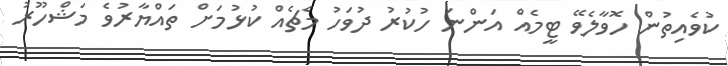
ކުވެއިތުން ހޮވާލެވޭ ޓީމެއް އަންނަ ހުކުރު ދުވަހު މެޗެއް ކުޅުމަށް ތައްޔާރުވެ މަޝްހޫރު